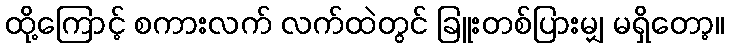
ထို့ကြောင့် စကားလက် လက်ထဲတွင် ခြူးတစ်ပြားမျှ မရှိတော့။